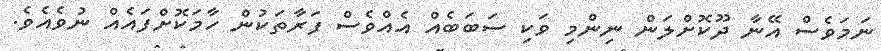
ނަމަވެސް އޭނާ ދޫކޮށްލަން ނިންމި ވަކި ސަބަބެއް އެއްވެސް ފަރާތަކުން ހާމަކޮށްފައެއް ނުވެއެވެ.